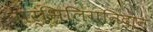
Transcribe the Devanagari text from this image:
गर्भिलिंगनिदान